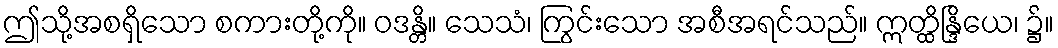
ဤသို့အစရှိသော စကားတို့ကို။ ဝဒန္တိ။ သေသံ၊ ကြွင်းသော အစီအရင်သည်။ ဣတ္ထိန္ဒြိယေ၊ ၌။